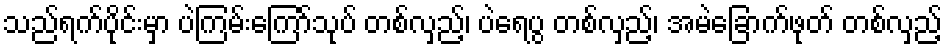
သည်ရက်ပိုင်းမှာ ပဲကြမ်းကြော်သုပ် တစ်လှည့်၊ ပဲရေပွ တစ်လှည့်၊ အမဲခြောက်ဖုတ် တစ်လှည့်